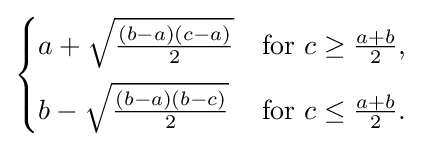
{\begin{cases}a+{\sqrt {\frac {(b-a)(c-a)}{2}}}&{\text{for }}c\geq {\frac {a+b}{2}},\\[6pt]b-{\sqrt {\frac {(b-a)(b-c)}{2}}}&{\text{for }}c\leq {\frac {a+b}{2}}.\end{cases}}